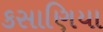
કસાણિયા